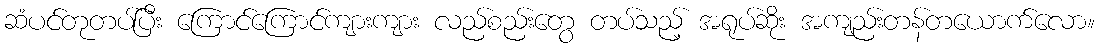
ဆံပင်တုတပ်ပြီး ကြောင်ကြောင်ကျားကျား လည်စည်းတွေ တပ်သည့် အရုပ်ဆိုး အကျည်းတန်တယောက်လော။